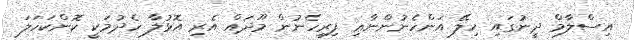
އިސްލާމް ދީނުގައި ހިލޭ އަންހެނުންނާޢި ފިރިހެނުން މޫދައް އެރި އޮޅުލާ ހެދުމަކީ ކޮންކަހަލަ